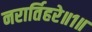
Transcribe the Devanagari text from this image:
नरार्तिहरे॥१॥